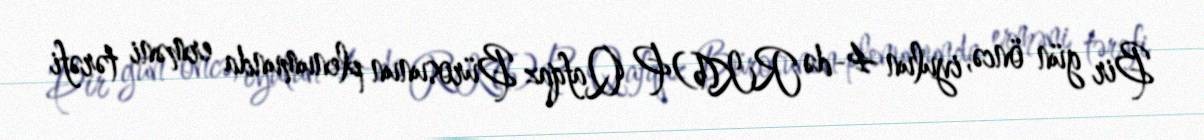
Bir gün öncə, iyulun 4-də RK(b)P Qafqaz Bürosunun plenumunda erməni tərəfi